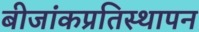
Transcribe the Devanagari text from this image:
बीजांकप्रतिस्थापन